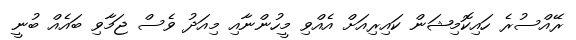
ރޭއްސުރެ ހައިކޮމިޝަން ކައިރިއަށް އެއްވި މީހުންނާއި މިއަދު ވެސް ޖަމާވި ބައެއް ބުނީ